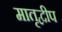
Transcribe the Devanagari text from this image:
मातृद्वीप